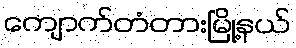
ကျောက်တံတားမြို့နယ်